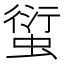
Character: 𧍢